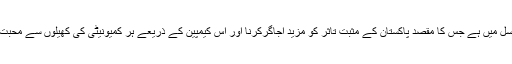
یہ اقدام ’سوپر ہے پوراپاکستان’پلیٹ فارم کے تسلسل میں ہے جس کا مقصد پاکستان کے مثبت تاثر کو مزید اجاگرکرنا اور اس کیمپین کے ذریعے ہر کمیونیٹی کی کھیلوں سے محبت کو اپنے قومی فخر کے طور پر ظاہر کرنا ہے۔